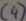
Text: (4)